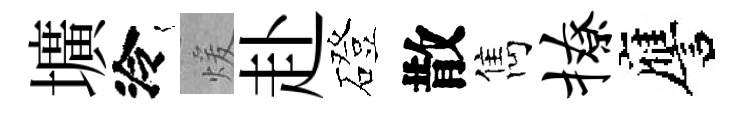
壙泠煖赴磴散雋撩譍